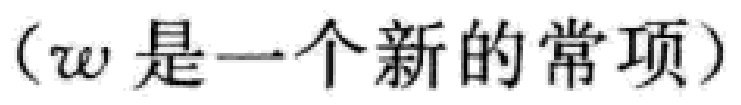
（\(w\)是一个新的常项）